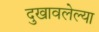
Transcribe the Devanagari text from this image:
दुखावलेल्या